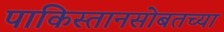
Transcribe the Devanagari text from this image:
पाकिस्तानसोबतच्या